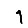
Digit: 1